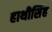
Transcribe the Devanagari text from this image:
हाथीसिंह